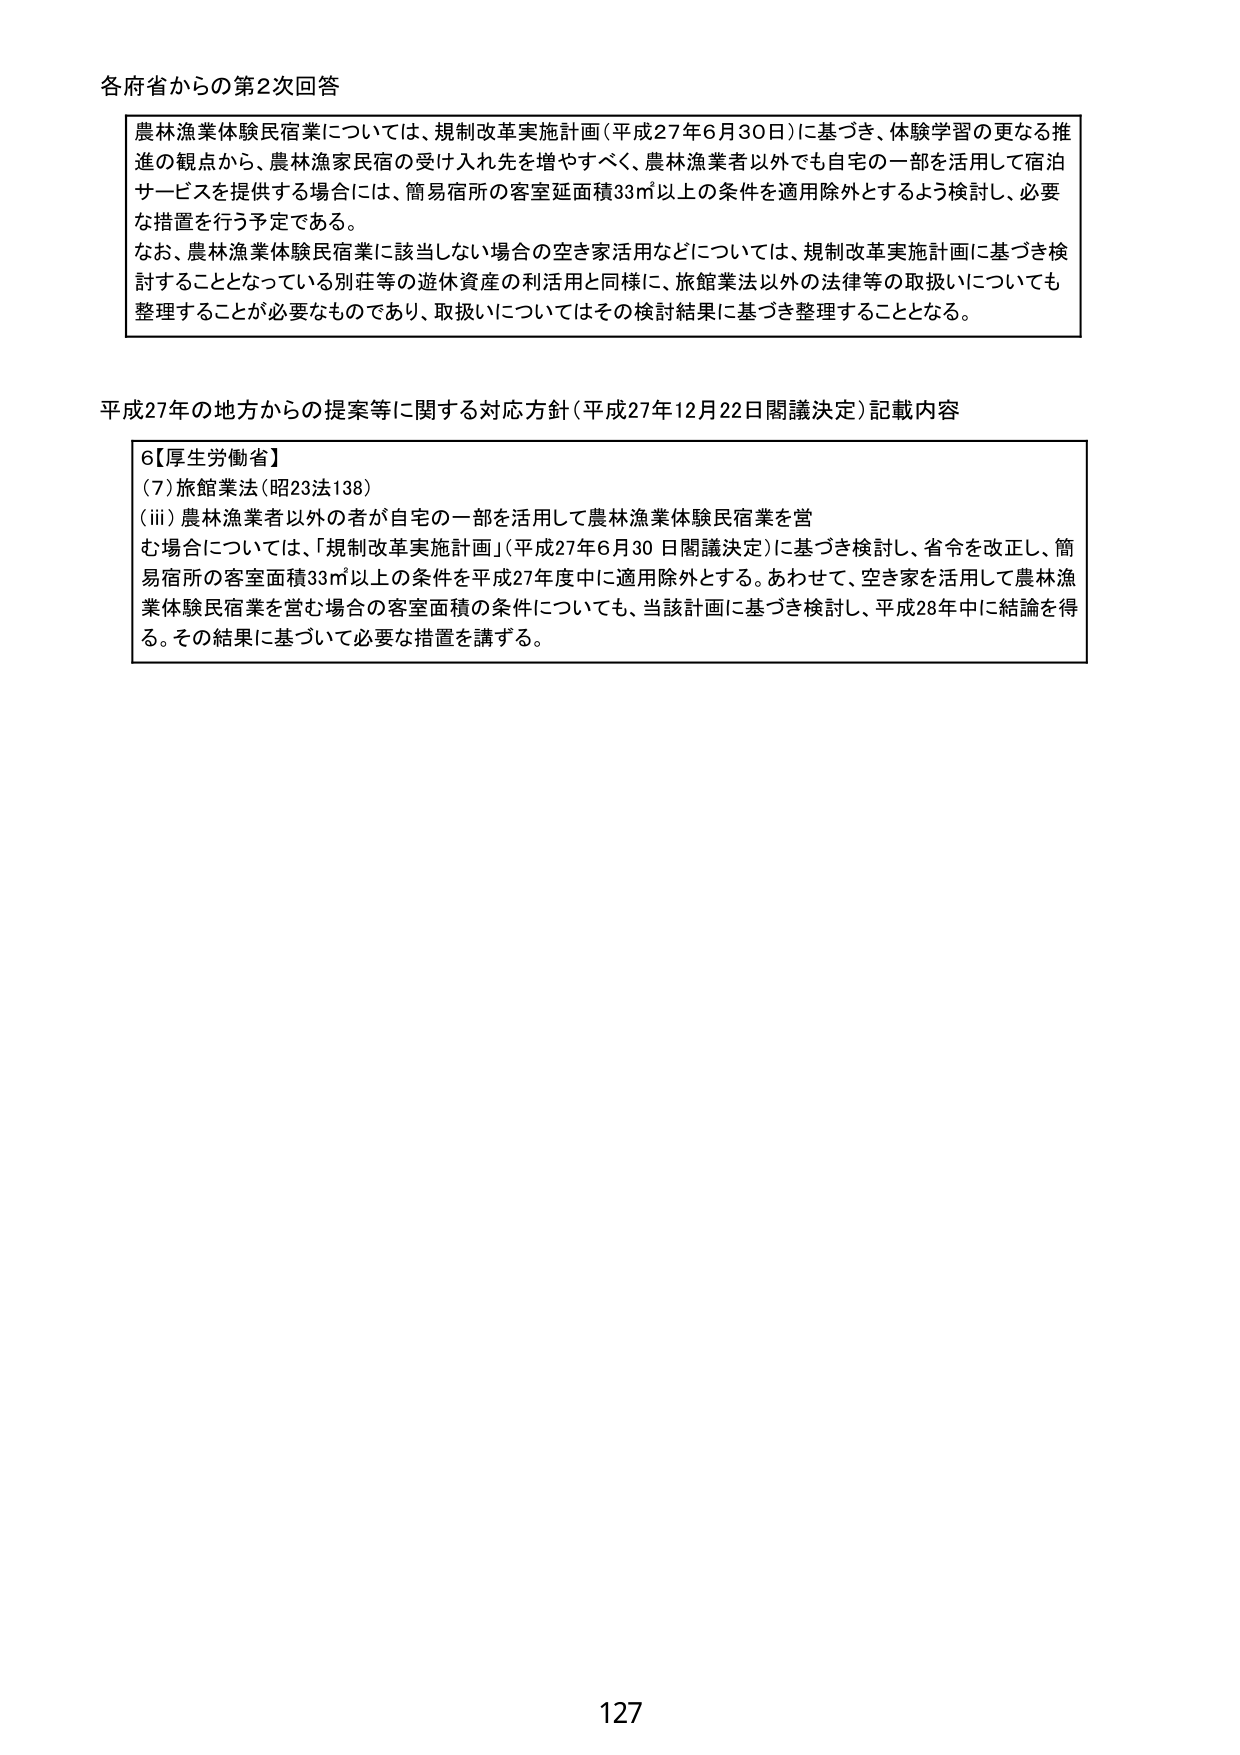
各府省からの第2次回答

農林漁業体験民宿業については、規制改革実施計画（平成27年6月30日）に基づき、体験学習の更なる推進の観点から、農林漁家民宿の受け入れ先を増やすべく、農林漁業者以外でも自宅の一部を活用して宿泊サービスを提供する場合には、簡易宿所の客室延面積33㎡以上の条件を適用除外とするよう検討し、必要な措置を行う予定である。
なお、農林漁業体験民宿業に該当しない場合の空き家活用などについては、規制改革実施計画に基づき検討することとなっている別荘等の遊休資産の利活用と同様に、旅館業法以外の法律等の取扱いについても整理することが必要なものであり、取扱いについてはその検討結果に基づき整理することとなる。

平成27年の地方からの提案等に関する対応方針（平成27年12月22日閣議決定）記載内容

6【厚生労働省】
（7）旅館業法（昭23法138）
（iii）農林漁業者以外の者が自宅の一部を活用して農林漁業体験民宿業を営む場合については、「規制改革実施計画」（平成27年6月30日閣議決定）に基づき検討し、省令を改正し、簡易宿所の客室面積33㎡以上の条件を平成27年度中に適用除外とする。あわせて、空き家を活用して農林漁業体験民宿業を営む場合の客室面積の条件についても、当該計画に基づき検討し、平成28年中に結論を得る。その結果に基づいて必要な措置を講ずる。

127